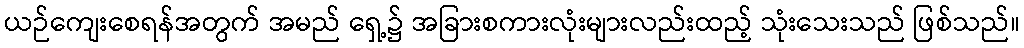
ယဉ်ကျေးစေရန်အတွက် အမည် ရှေ့၌ အခြားစကားလုံးများလည်းထည့် သုံးသေးသည် ဖြစ်သည်။